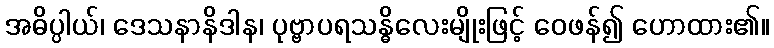
အဓိပ္ပါယ်၊ ဒေသနာနိဒါန၊ ပုဗ္ဗာပရသန္ဓိလေးမျိုးဖြင့် ဝေဖန်၍ ဟောထား၏။